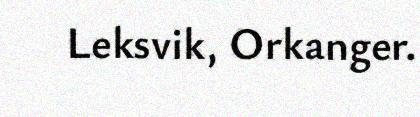
Leksvik, Orkanger.